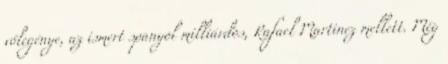
vőlegénye, az ismert spanyol milliárdos, Rafael Martinez mellett. Még